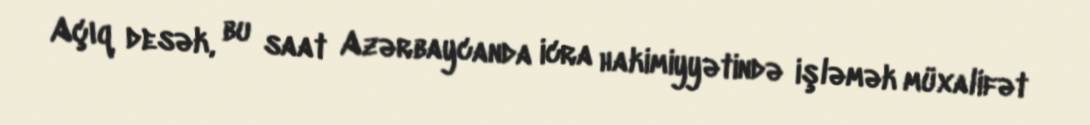
Açıq desək, bu saat Azərbaycanda icra hakimiyyətində işləmək müxalifət